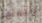
لأجعلها